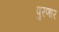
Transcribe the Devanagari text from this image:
पुरणार